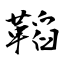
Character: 鞱